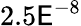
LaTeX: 2.5\mathsf{E}^{-8}